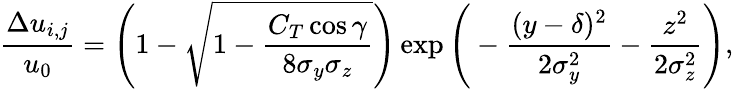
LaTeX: \frac{\Delta u_{i,j}}{u_{0}}=\Bigg(1-\sqrt{1-\frac{C_{T}\cos{\gamma}}{8\sigma_{y}\sigma_{z}}}\Bigg)\exp{\Bigg(-\frac{(y-\delta)^{2}}{2\sigma_{y}^{2}}-\frac{z^{2}}{2\sigma_{z}^{2}}\Bigg)},